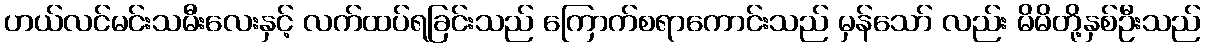
ဟယ်လင်မင်းသမီးလေးနှင့် လက်ထပ်ရခြင်းသည် ကြောက်စရာကောင်းသည် မှန်သော် လည်း မိမိတို့နှစ်ဦးသည်